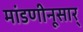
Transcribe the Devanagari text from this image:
मांडणीनूसार्